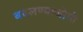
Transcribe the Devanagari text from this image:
बदलण्याजोगी